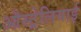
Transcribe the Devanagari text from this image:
ऒस्ट्रेलियाई